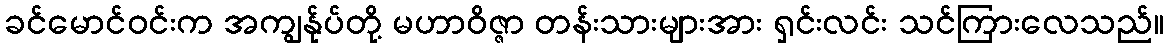
ခင်မောင်ဝင်းက အကျွန်ုပ်တို့ မဟာဝိဇ္ဇာ တန်းသားများအား ရှင်းလင်း သင်ကြားလေသည်။